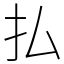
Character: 払